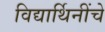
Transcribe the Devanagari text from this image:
विद्यार्थिनींचे